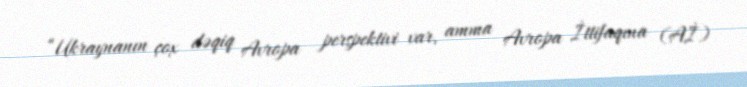
“Ukraynanın çox dəqiq Avropa perspektivi var, amma Avropa İttifaqına (Aİ)